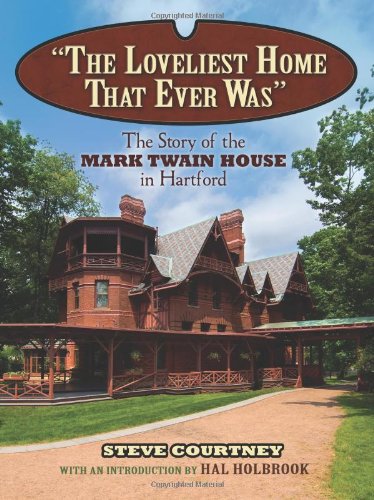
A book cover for "The Loveliest Home That Ever Was": The Story of the Mark Twain House in Hartford; Steve Courtney; Humor & Entertainment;